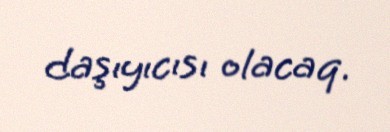
daşıyıcısı olacaq.